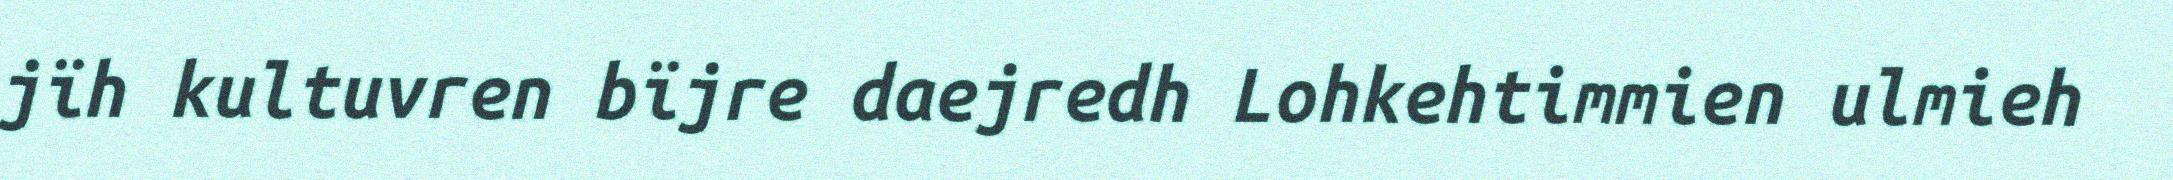
jïh kultuvren bïjre daejredh Lohkehtimmien ulmieh